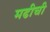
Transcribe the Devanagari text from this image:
मढीची